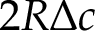
2 R \Delta c